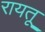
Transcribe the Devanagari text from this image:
रायतू